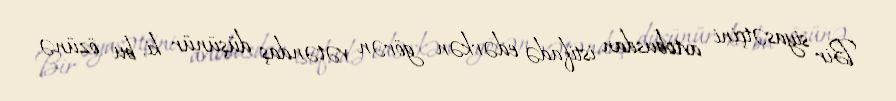
Bir siyasətçini avtobusdan istifadə edərkən görən vətəndaş düşünür ki, bu özünə